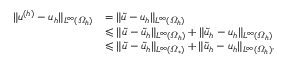
\begin{array} { r l } { \| u ^ { ( h ) } - u _ { h } \| _ { L ^ { \infty } ( \varOmega _ { h } ) } } & { = \| \tilde { u } - u _ { h } \| _ { L ^ { \infty } ( \varOmega _ { h } ) } } \\ & { \leqslant \| \tilde { u } - \tilde { u } _ { h } \| _ { L ^ { \infty } ( \varOmega _ { h } ) } + \| \tilde { u } _ { h } - u _ { h } \| _ { L ^ { \infty } ( \varOmega _ { h } ) } } \\ & { \leqslant \| \tilde { u } - \tilde { u } _ { h } \| _ { L ^ { \infty } ( \varOmega _ { * } ) } + \| \tilde { u } _ { h } - u _ { h } \| _ { L ^ { \infty } ( \varOmega _ { h } ) } , } \end{array}